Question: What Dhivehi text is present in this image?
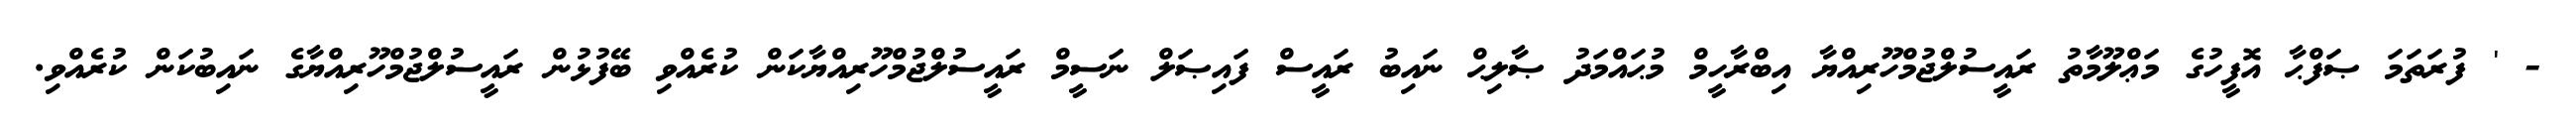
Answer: - ' ފުރަތަމަ ޞަފްޙާ އޮފީހުގެ މަޢްލޫމާތު ރައީސުލްޖުމްހޫރިއްޔާ އިބްރާހީމް މުޙައްމަދު ޞާލިޙް ނައިބު ރައީސް ފައިޞަލް ނަސީމް ރައީސުލްޖުމްހޫރިއްޔާކަން ކުރެއްވި ބޭފުޅުން ރައީސުލްޖުމްހޫރިއްޔާގެ ނައިބުކަން ކުރެއްވި.